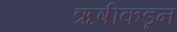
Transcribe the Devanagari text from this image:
ऋषीकडून